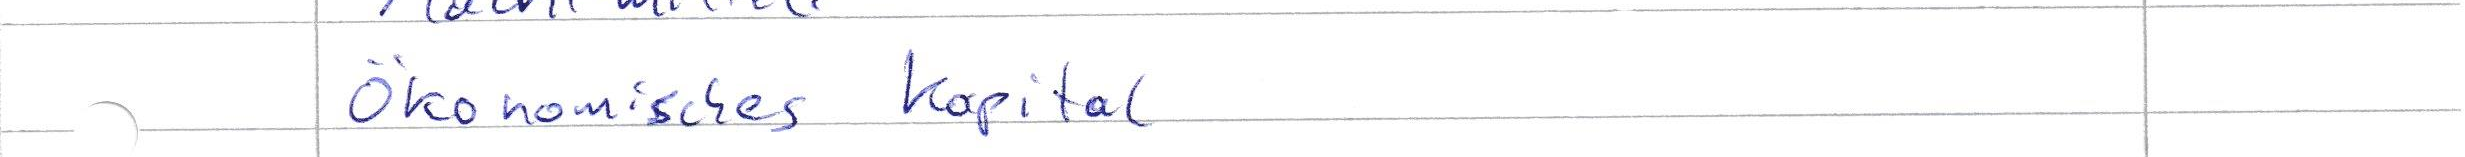
ökonomisches Kapital